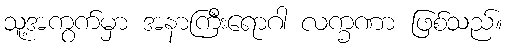
သူ့အကွက်မှာ အနာကြီးရောဂါ လက္ခဏာ ဖြစ်သည်။